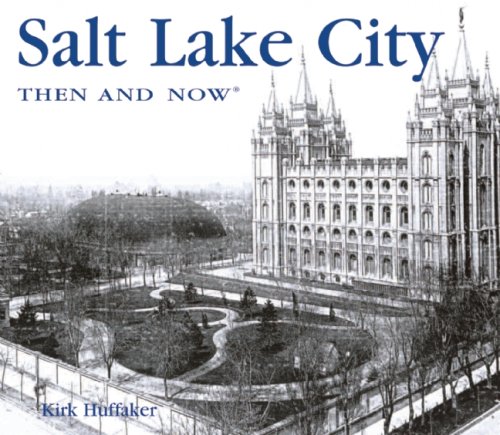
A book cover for Salt Lake City Then and Now (Then & Now Thunder Bay); Kirk Huffaker; Travel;